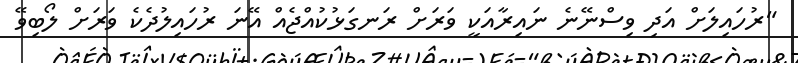
"ރުހައިލަށް އަދި ވިސްނޭނެ ނައިރާއަކީ ވަރަށް ރަނގަޅުކުއްޖެއް އޭނަ ރުހައިލުދެކެ ވަރަށް ލޯބިވޭ